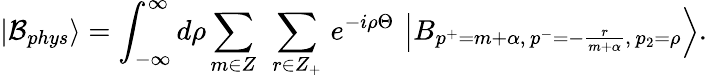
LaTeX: \left|\mathcal{B}_{phys}\right\rangle=\int_{-\infty}^{\infty}d\rho\sum_{m\in Z}\ \sum_{r\in Z_{+}}\, e^{-i\rho\Theta}\, \left|B_{p^{+}=m+\alpha,\, p^{-}=-\frac{r}{m+\alpha},\, p_{2}=\rho}\right\rangle.